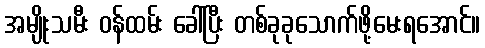
အမျိုးသမီး ဝန်ထမ်း ခေါ်ပြီး တစ်ခုခုသောက်ဖို့မေးရအောင်။